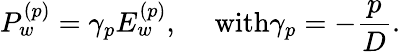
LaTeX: P_{w}^{(p)}=\gamma_{p}E_{w}^{(p)},\textrm{\, \, \, with}\gamma_{p}=-\frac{p}{D}.